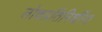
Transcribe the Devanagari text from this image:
लोकप्रतिनिधींना